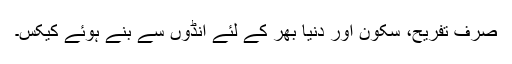
صرف تفریح، سکون اور دنیا بھر کے لئے انڈوں سے بنے ہوئے کیکس۔